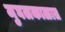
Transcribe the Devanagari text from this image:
मुघलकाळात